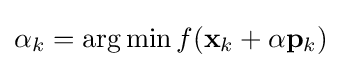
\alpha _{k}=\arg \min f(\mathbf {x} _{k}+\alpha \mathbf {p} _{k})